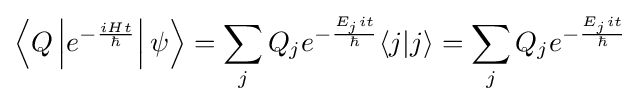
\left\langle Q\left|e^{-{\frac {iHt}{\hbar }}}\right|\psi \right\rangle =\sum _{j}Q_{j}e^{-{\frac {E_{j}it}{\hbar }}}\langle j|j\rangle =\sum _{j}Q_{j}e^{-{\frac {E_{j}it}{\hbar }}}